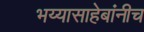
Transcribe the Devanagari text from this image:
भय्यासाहेबांनीच